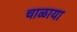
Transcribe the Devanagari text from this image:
चाळाया